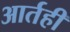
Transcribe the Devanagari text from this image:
आर्तही